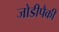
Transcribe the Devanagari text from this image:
जोडीपैकी